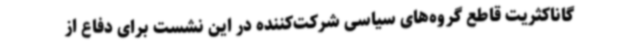
گاناکثریت قاطع گروه‌های سیاسی شرکت‌کننده در این نشست برای دفاع از